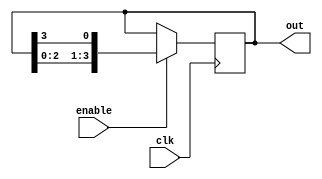
module ring_counter #(parameter N = 4) (
    input wire clk,        // Clock Input
    input wire enable,     // Enable signal to control the counter
    output reg [N-1:0] out // Output representing the current state of the counter
);

    // Initial state of the counter
    initial begin
        out = 1'b1; // Initialize the counter with only the first flip-flop set
    end

    // Always block triggered on the rising edge of the clock
    always @(posedge clk) begin
        if (enable) begin
            // Shift the '1' to the right
            out <= {out[N-2:0], out[N-1]}; // Shift left and wrap around
        end
    end

endmodule